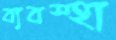
ব্যবস্হা